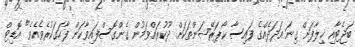
ބަޖެޓާއި ޚިލާފަށް ގިނަ އަދަދެއްގެ ފައިސާ ކޯޕަރޭޝަންތަކަށް ދޫކުރައްވަމުން ގެންގޮސްފައިވާކަން ފާހަގަކުރެވެއެވެ" އޮޑިޓް